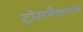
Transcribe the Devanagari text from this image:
ट्रांसनैशनल